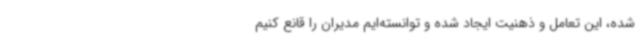
شده، این تعامل و ذهنیت ایجاد شده و توانسته‌ایم مدیران را قانع کنیم